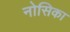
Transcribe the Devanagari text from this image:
नोसिका